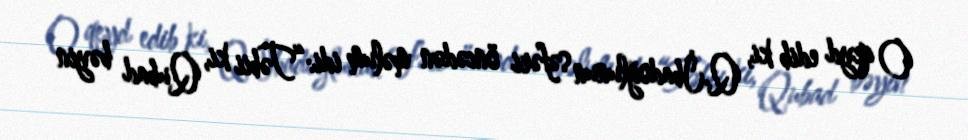
O qeyd edib ki, Q.İbadoğlunun səfəri öncədən məlum idi:“Təbii ki, Qubad bəyin